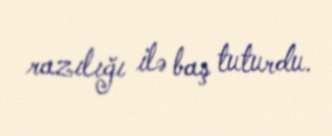
razılığı ilə baş tuturdu.